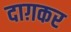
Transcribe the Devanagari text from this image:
दाग़कर